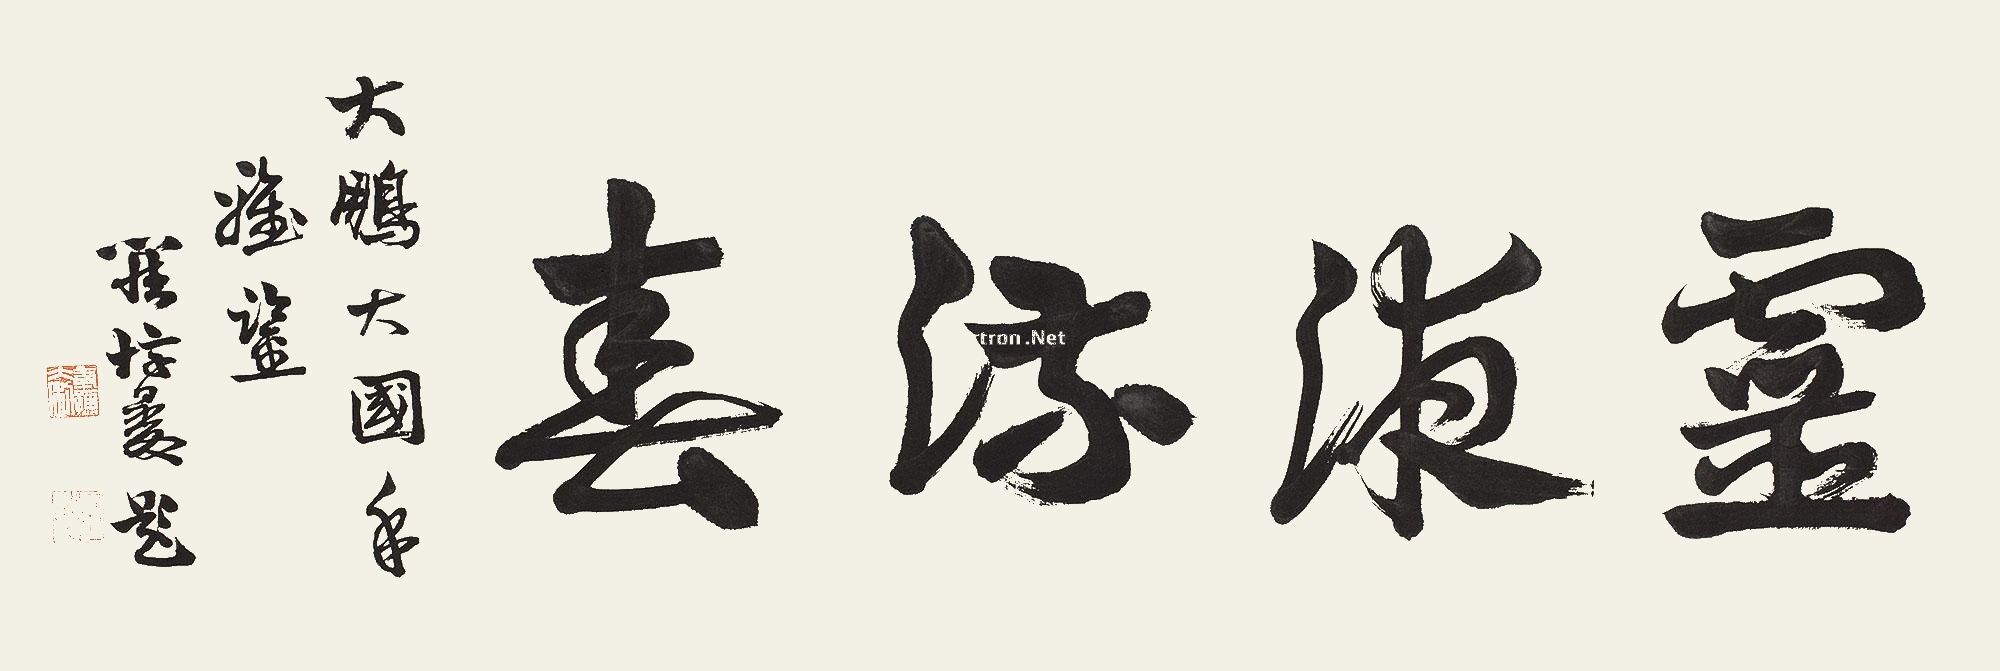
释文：灵夜流春大鹏大国手雅鉴，罗惇爰题。